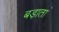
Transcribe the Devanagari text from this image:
बड़ाता